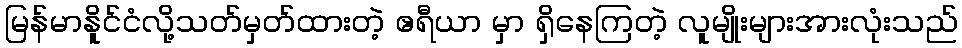
မြန်မာနိူင်ငံလို့သတ်မှတ်ထားတဲ့ ဧရီယာ မှာ ရှိနေကြတဲ့ လူမျိုးများအားလုံးသည်